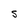
Character: S